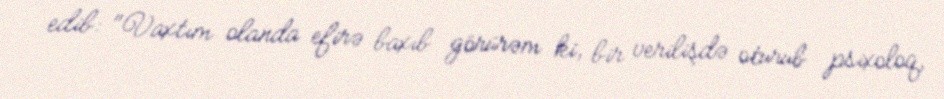
edib: "Vaxtım olanda efirə baxıb görürəm ki, bir verilişdə oturub psixoloq,